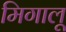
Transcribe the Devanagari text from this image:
मिगालू